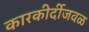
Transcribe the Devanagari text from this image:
कारकीर्दीजवळ